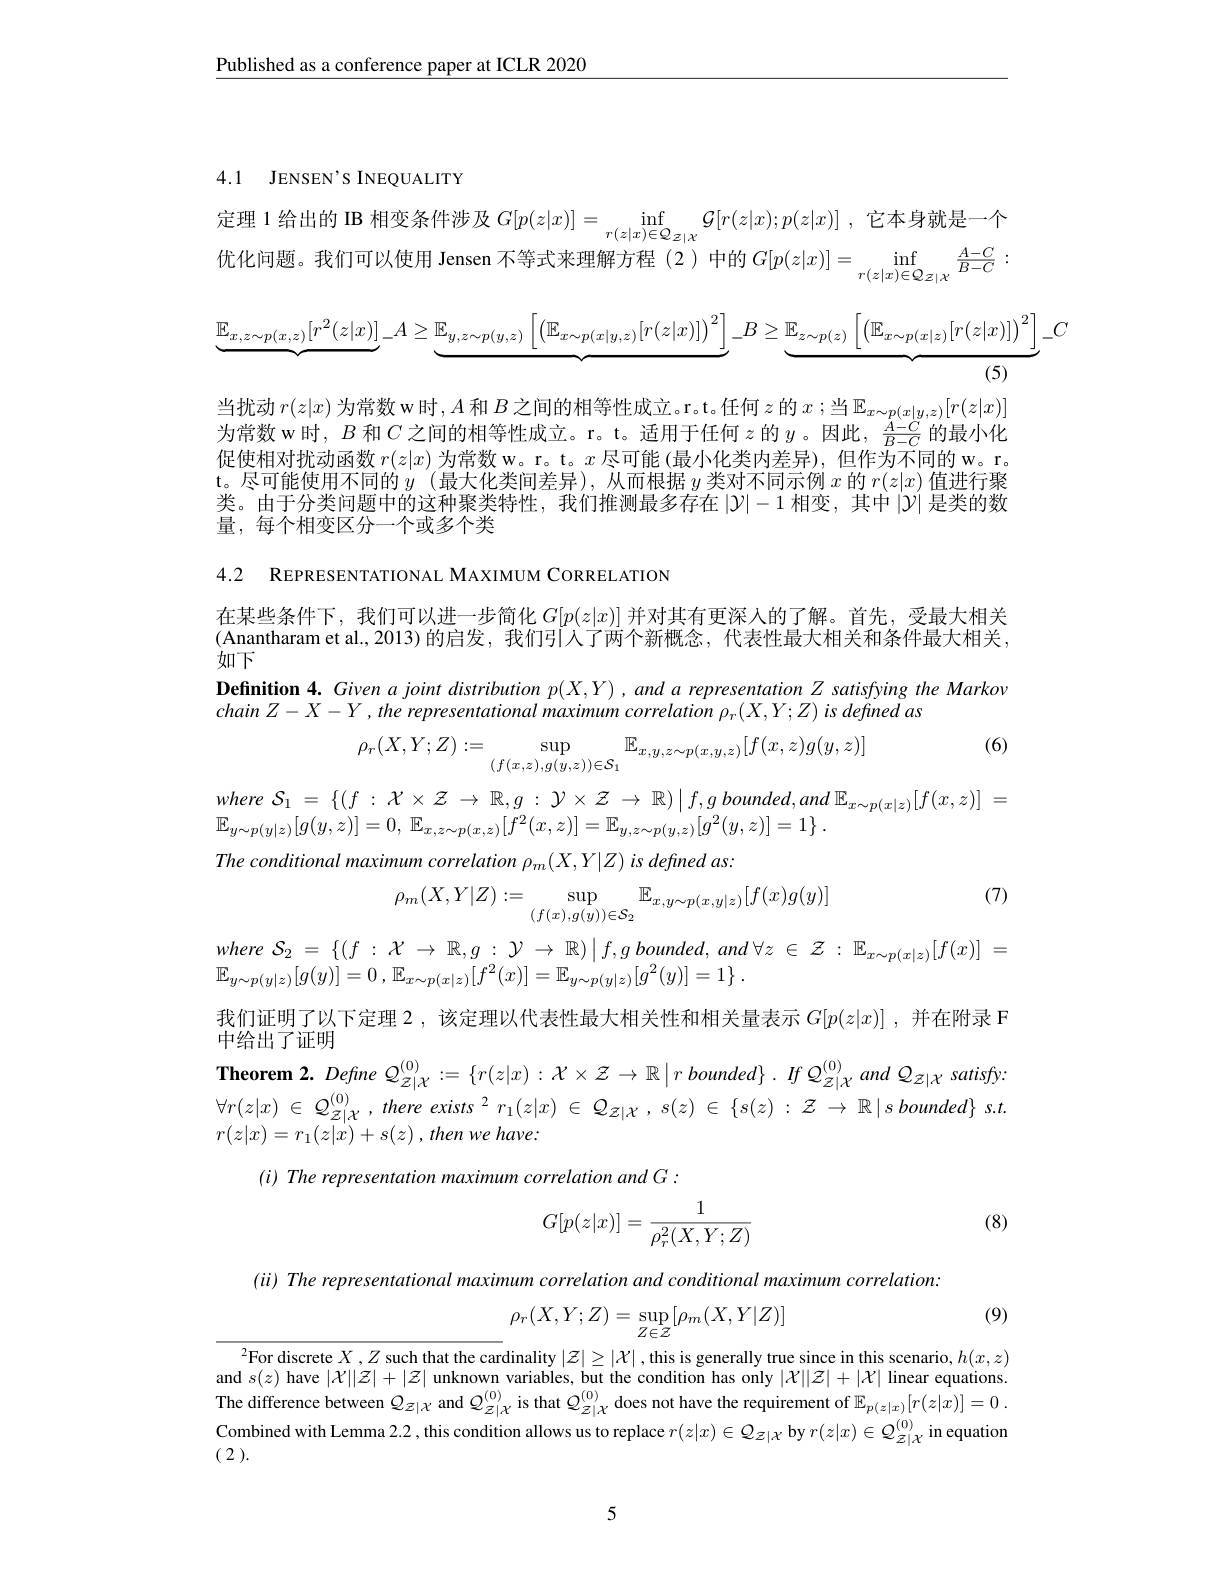
$\underline{\text{Published as a conference paper at ICLR 2020}}$

## 4.1 JENSEN'S INEQUALITY

定理 1 给出的 IB 相变条件涉及$G[ p( z| x) ] = \inf _{r( z| x) \in Q_{z| x}}\mathcal{G} [ r( z| x) ; p( z| x) ]$ ,它本身就是一个优化问题。我们可以使用 Jensen 不等式来理解方程 (2) 中的$G[p(z|x)]=\inf_{r(z|x)\in Q_{Z|x}}\frac{A-C}{B-C}:$
$$\underbrace{\mathbb{E}_{x,z\sim p(x,z)}[r^2(z|x)]}_{-}A\geq\underbrace{\mathbb{E}_{y,z\sim p(y,z)}\left[\left(\mathbb{E}_{x\sim p(x|y,z)}[r(z|x)]\right)^2\right]}_{-}B\geq\underbrace{\mathbb{E}_{z\sim p(z)}\left[\left(\mathbb{E}_{x\sim p(x|z)}[r(z|x)]\right)^2\right]}_{(5)}C$$
当扰动$r(z|x)$为常数 w 时$,A$和$B$之间的相等性成立。r。t。任何$z$的$x$ ;当$\mathbb{E}_x\sim p(x|y,z)[r(z|x)]$ 为常数 w 时，$B$和$C$之间的相等性成立。r。t。适用于任何$z$的$y$ 。因此，$\frac{A-C}{B-C}$的最小化促使相对扰动函数$r(z|x)$为常数 w。r。t。$x$尽可能 (最小化类内差异), 但作为不同的 w。r。$\begin{array}{c}\mathrm{t。尽可能使用不同的~}y&(\text{最大化类间差异}),\text{ 从而根据 }y\text{ 类对不同示例 }x\text{ 的 }r(z|x)\end{array}$值进行聚类。由于分类问题中的这种聚类特性，我们推测最多存在$|\mathcal{Y}|-1$相变，其中$|\mathcal{Y}|$是类的数量，每个相变区分一个或多个类

4.2 REPRESENTATIONAL MAXIMUM CORRELATION

在某些条件下，我们可以进一步简化$G[p(z|x)]$并对其有更深人的了解。首先，受最大相关(Anantharam et al.,2013)的启发，我们引入了两个新概念，代表性最大相关和条件最大相关， 如下
Definition 4. Given a joint distribution $p(X,Y),and$ a representation Z satisfying the Markov

chain $Z- X- Y$ $, the$ representational maximum correlation $\rho _{r}( X, Y; Z)$ $is$ defined $as$

(6)
$$\rho_r(X,Y;Z):=\sup_{(f(x,z),g(y,z))\in\mathcal{S}_1}\mathbb{E}_{x,y,z\sim p(x,y,z)}[f(x,z)g(y,z)]$$
where $\mathcal{S} _{1}= \left \{ ( f: \mathcal{X} \times \mathcal{Z} \to \mathbb{R} , g: \mathcal{Y} \times \mathcal{Z} \to \mathbb{R} ) \mid f, g\textit{ bounded}, and\:\mathbb{E} _{x\sim p( x| z) }[ f( x, z) ] \right . =$
$\mathbb{E} _{y\sim p( y| z) }[ g( y, z) ] = 0$, $\mathbb{E} _{x, z\sim p( x, z) }[ f^{2}( x, z) ] = \mathbb{E} _{y, z\sim p( y, z) }[ g^{2}( y, z) ] = 1\}$ .
The conditional maximum correlation $\rho_m(X,Y|Z)$ is defined as:

(7)
$$\rho_m(X,Y|Z):=\sup_{(f(x),g(y))\in\mathcal{S}_2}\mathbb{E}_{x,y\sim p(x,y|z)}[f(x)g(y)]$$
我们证明了以下定理 2 ,该定理以代表性最大相关性和相关量表示$G[p(z|x)]$ ,并在附录 F
中给出了证明

$where\:\mathcal{S}_{2}=\left\{(f\::\:\mathcal{X}\:\to\:\mathbb{R},g\::\:\mathcal{Y}\:\to\:\mathbb{R})\:\mid f,g\:bounded,\:and\:\forall z\:\in\:\mathcal{Z}\::\:\mathbb{E}_{x\sim p(x|z)}[f(x)]\:=$ $\mathbb{F}$ (-1) $[ a( y) ] - 0$ $\mathbb{F}$ (-1) $[ f^{2}( x) ] - \mathbb{F}$ (-1) $[ a^{2}( y) ] - 1\}$
$\mathbb{E} _{y\sim p( y| z) }[ g( y) ] = 0$ , $\mathbb{E} _{x\sim p( x| z) }[ f^{2}( x) ] = \mathbb{E} _{y\sim p( y| z) }[ g^{2}( y) ] = 1\}$ .
$\textbf{Theorem 2. Define }Q_{z| \mathcal{X} }^{( 0) }: = \left \{ r( z| x) : \mathcal{X} \times \mathcal{Z} \to \mathbb{R} \right | r\textit{bounded}\} . IfQ_{z| \mathcal{X} }^{( 0) }andQ_{Z| \mathcal{X} }$ satisfy: $\forall r( z| x) \in Q_{\mathcal{Z} | \mathcal{X} }^{( 0) }, there$ $exists^{2}r_{1}( z| x) \in Q_{\mathcal{Z} | \mathcal{X} }, s( z) \in \{ s( z) : \mathcal{Z} \to \mathbb{R} | s$ $bounded\} s. t.$ $r(z|x)=r_{1}(z|x)+s(z),thenwehave:$
(i) The representation maximum correlation and G :

(8)
$$G[p(z|x)]=\frac{1}{\rho_r^2(X,Y;Z)}$$
$(ii)$ The representational maximum correlation and conditional maximum correlation:

(9)
$$\rho_r(X,Y;Z)=\sup_{Z\in\mathcal{Z}}[\rho_m(X,Y|Z)]$$
$^2$For discrete $X,Z$ such that the cardinality $|\mathcal{Z}|\geq|\mathcal{X}|$ ,this is generally true since in this scenario, $h(x,z)$ and $s(z)$ have $|\mathcal{X}||\mathcal{Z}|+|\mathcal{Z}|$ unknown variables, but the condition has only $|\mathcal{X}||\mathcal{Z}|+|\mathcal{X}|$ linear equations The difference between $Q_{z|X}$ and $Q_{z|X}^{(0)}$ is that $Q_{z|X}^{(0)}$ does not have the requirement of $\mathbb{E}_{p(z|x)}[r(z|x)]=0.$ Combined with Lemma 2.2 , this condition allows us to replace $r(z|x)\in Q_{Z|X}$ by $r(z|x)\in Q_{Z|\mathcal{X}}^{(0)}$ in equation ( 2 ).

5